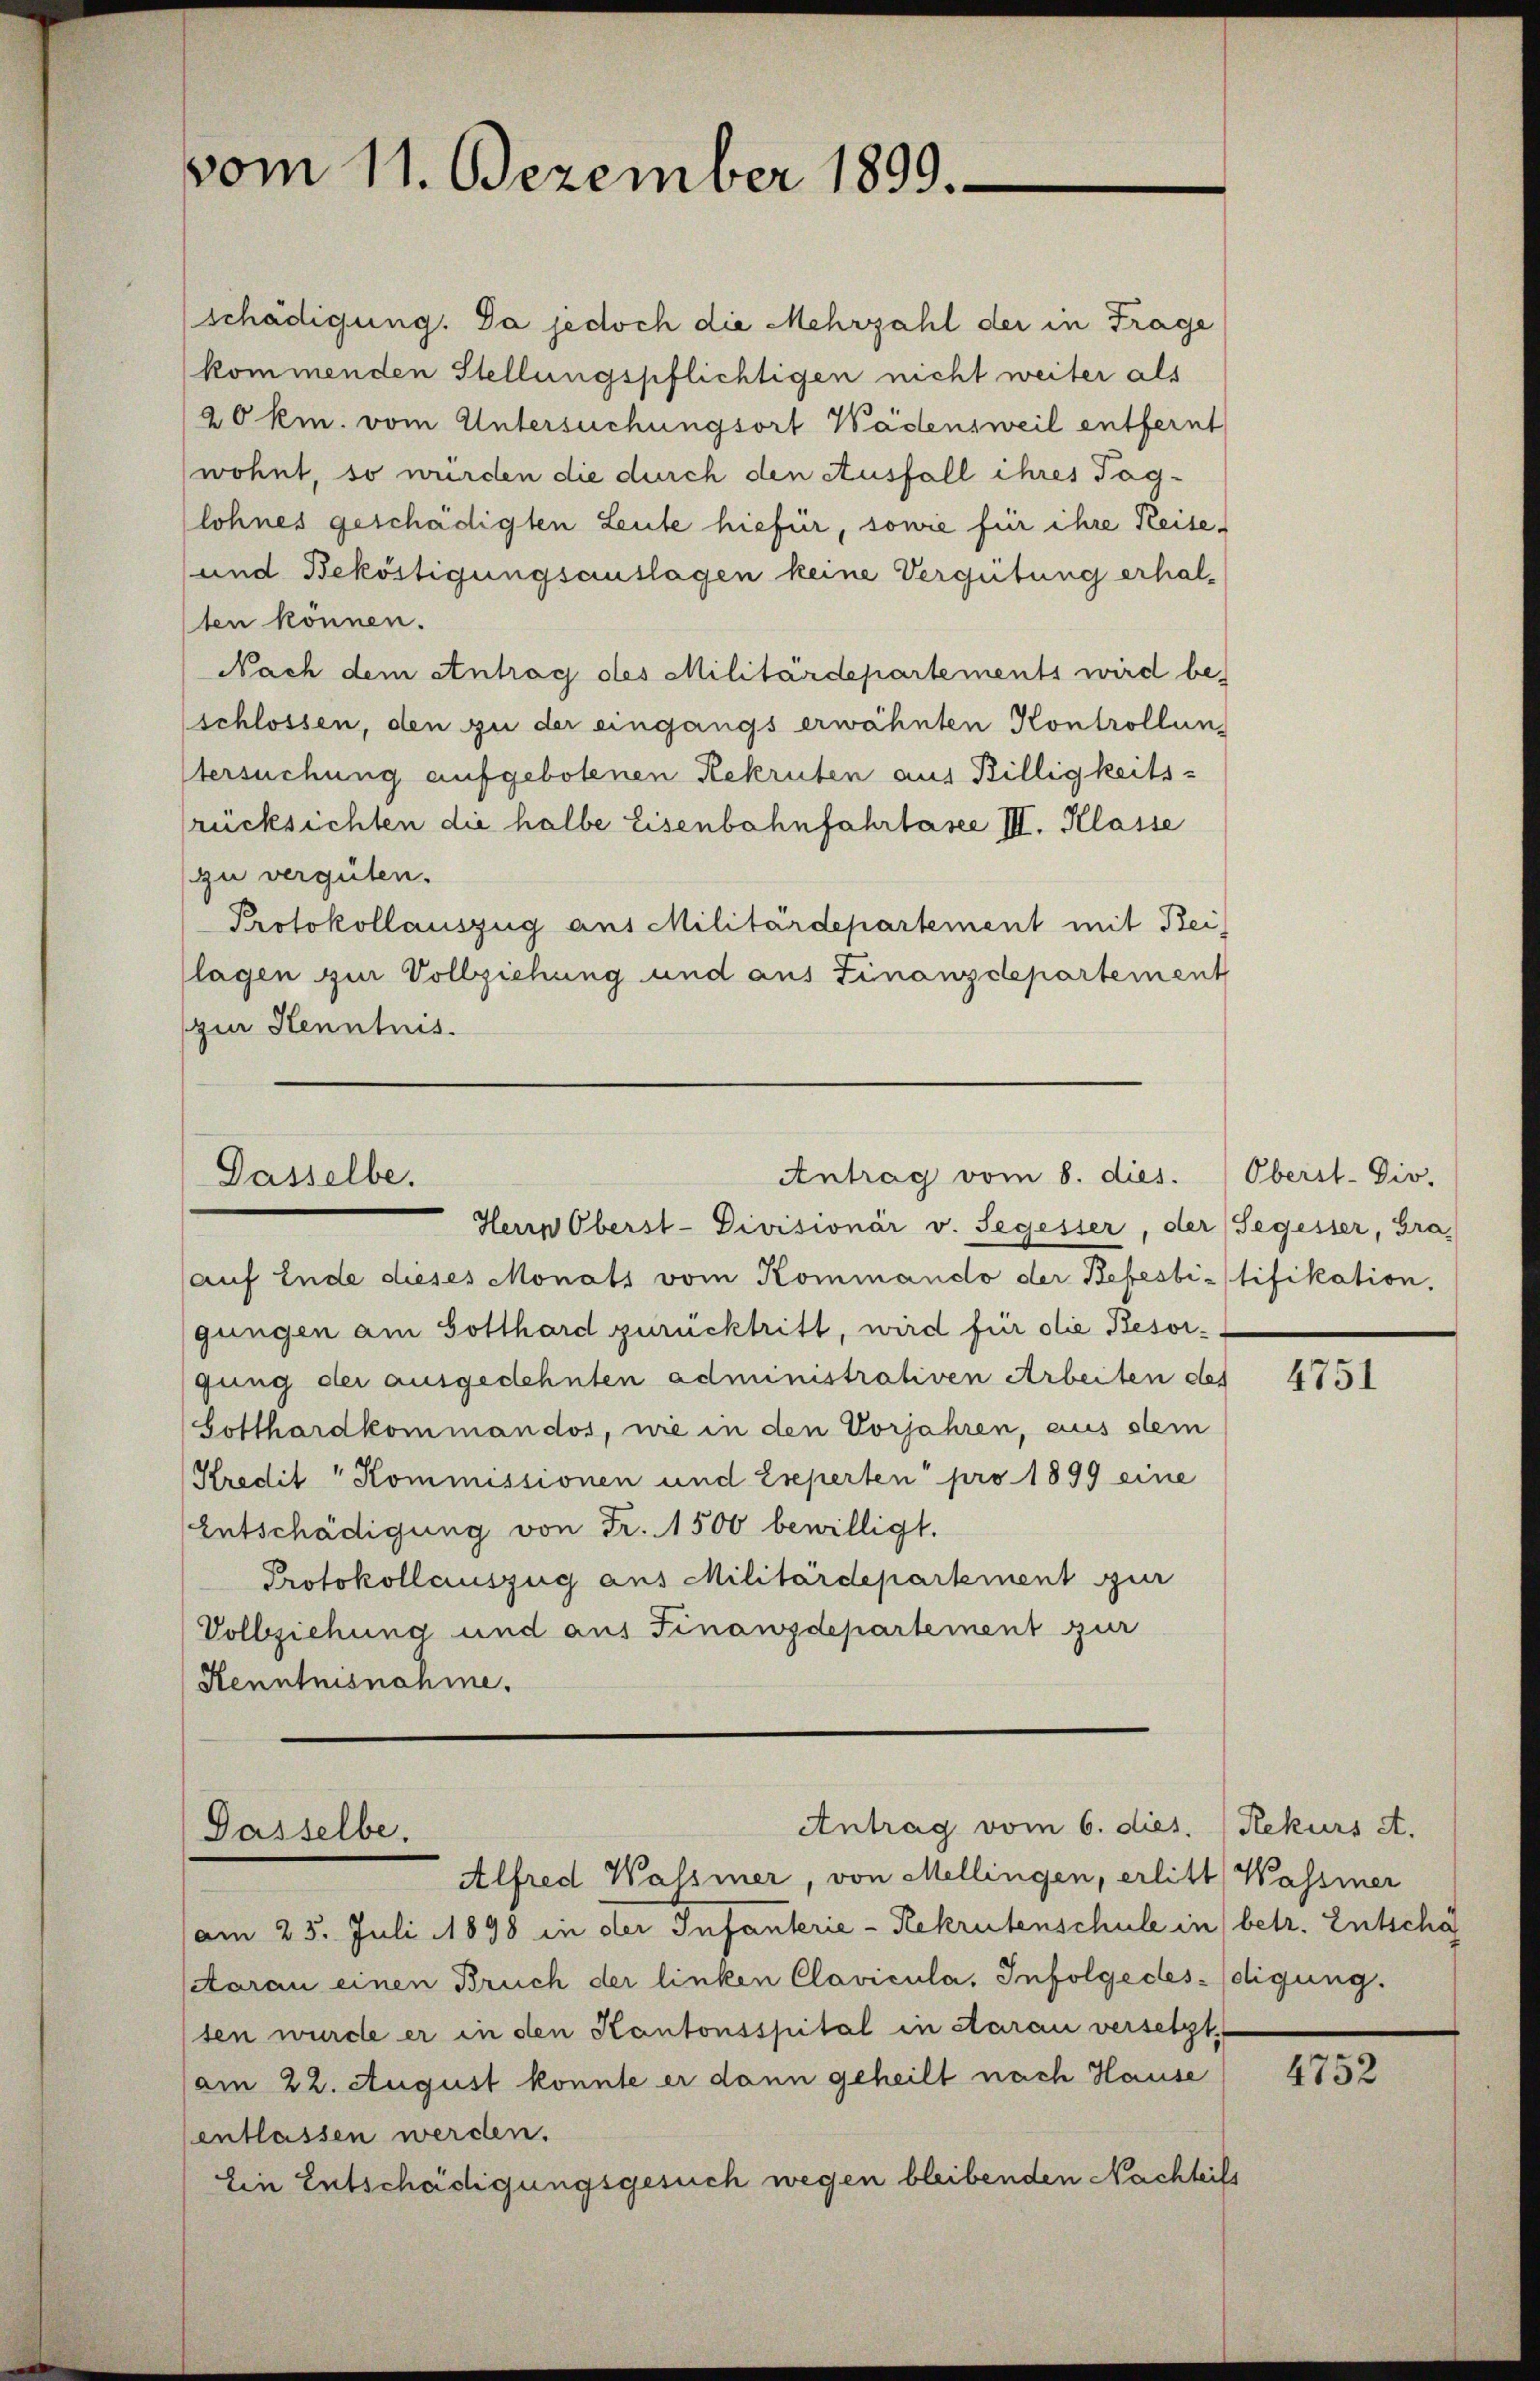
vom 11. Dezember 1899.

schädigung. Da jedoch die Mehrzahl der in Frage
kommenden Stellungspflichtigen nicht weiter als
20 km. vom Untersuchungsort Wädensweil entfernt
wohnt, so würden die durch den Ausfall ihres Taglohnes geschädigten Leute hiefür, sowie für ihre Keise¬
und Beköstigungsauslagen keine Vergütung erhal-
ten können.
Nach dem entrag des Militärdepartements wird be¬
(schlossen, den zu der eingangs erwähnten Kontrollun
tersuchung aufgebotenen Rekruten aus Billigkeits-
rücksichten die halbe Eisenbahnfahrtasee III. Klasse
gu vergüten.
Protokollauszug aus Militärdepartement mit Beilagen zur Vollziehung und aus Finanzdepartement
gin Henntnis.

Antrag vom 8. dies.
Dasselbe.

Herrn Oberst-Divisionär v. Segesser, der Segesser, Gra
(auf Ende dieses Monats vom Kommando der Befesbi-stifikation.
gungen am Gotthard zurücktritt, wird für die Besor-
gung der ausgedehnten administrativen Arbeiten des
Gotthardkommandos, wie in den Vorjahren, aus stein
Kredit " Kommissionen und Ereperten pro 1899 eine
Entschädigung von Fr. 1500 bewilligt.
Protokollauszug aus Militärdepartement zur
Vollziehung und aus Finanzdepartement zur
Kenntnisnahme.

Dasselbe.

Antrag vom 6. dies. (Rekurs A.

Oberst-Div.

Alfred Wassier, von Mellingen, erlitt Wassier
am 25. Juli 1898 in der Infanterie-Rekrutenschule in betr. Entschäf
Aarau einen Bruch der linken Clavicula, Infolgedes-digung.
ten wurde er in den Kantonsspital in Aarau versetzt,
(am 22. August konnte er dann geheilt nach Hause
entlassen werden.
Ein Entschädigungsgesuch wegen bleibenden Nachteils

4751

4752